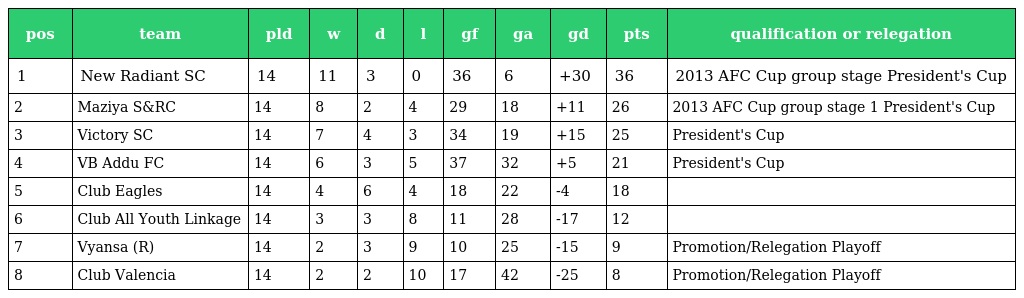
| pos | team | pld | w | d | l | gf | ga | gd | pts | qualification or relegation |
 | --- | --- | --- | --- | --- | --- | --- | --- | --- | --- | --- |
 | 1 | New Radiant SC | 14 | 11 | 3 | 0 | 36 | 6 | +30 | 36 | 2013 AFC Cup group stage President's Cup |
 | 2 | Maziya S&RC | 14 | 8 | 2 | 4 | 29 | 18 | +11 | 26 | 2013 AFC Cup group stage 1 President's Cup |
 | 3 | Victory SC | 14 | 7 | 4 | 3 | 34 | 19 | +15 | 25 | President's Cup |
 | 4 | VB Addu FC | 14 | 6 | 3 | 5 | 37 | 32 | +5 | 21 | President's Cup |
 | 5 | Club Eagles | 14 | 4 | 6 | 4 | 18 | 22 | -4 | 18 |  |
 | 6 | Club All Youth Linkage | 14 | 3 | 3 | 8 | 11 | 28 | -17 | 12 |  |
 | 7 | Vyansa (R) | 14 | 2 | 3 | 9 | 10 | 25 | -15 | 9 | Promotion/Relegation Playoff |
 | 8 | Club Valencia | 14 | 2 | 2 | 10 | 17 | 42 | -25 | 8 | Promotion/Relegation Playoff |